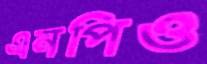
এনপিও